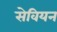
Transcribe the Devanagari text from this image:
सेवियन